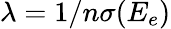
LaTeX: \lambda=1/n\sigma(E_{e})